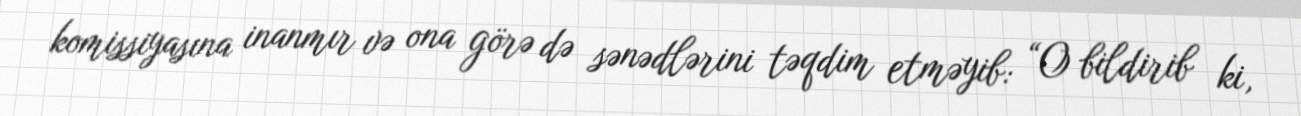
komissiyasına inanmır və ona görə də sənədlərini təqdim etməyib: “O bildirib ki,